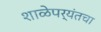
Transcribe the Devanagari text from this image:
शाळेपर्यंतचा